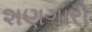
શણગારો